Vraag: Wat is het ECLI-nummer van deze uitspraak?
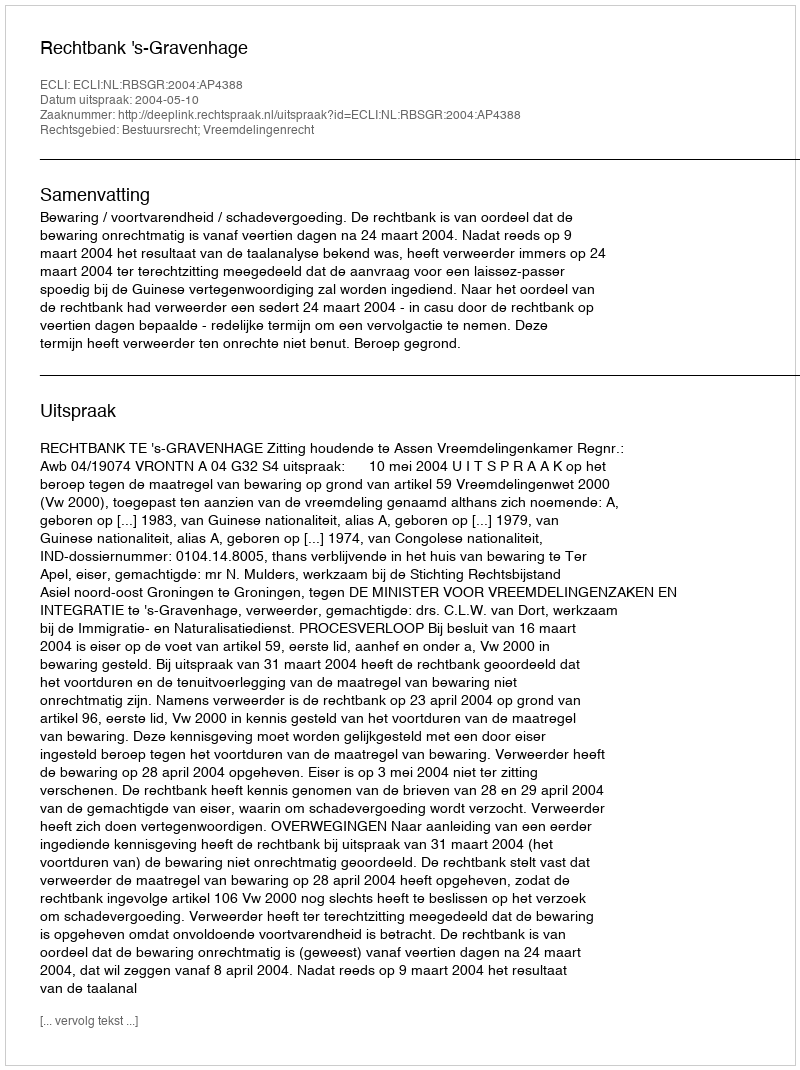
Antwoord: ECLI:NL:RBSGR:2004:AP4388